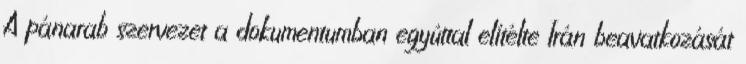
A pánarab szervezet a dokumentumban egyúttal elítélte Irán beavatkozását